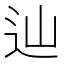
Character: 辿